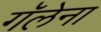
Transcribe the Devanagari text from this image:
गॅलेना